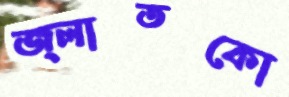
জ্লাতকো